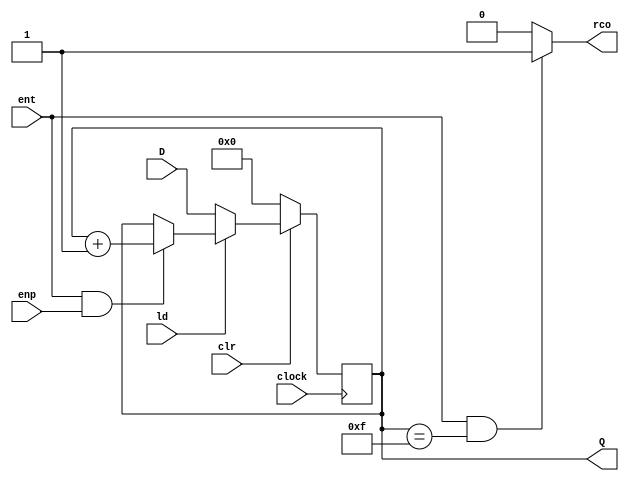
//------------------------------------------------------------------
// Arquivo   : contador_163.v
// Projeto   : Experiencia 3 - Um Fluxo de Dados Simples
//------------------------------------------------------------------
// Descricao : Contador binario de 4 bits, modulo 16
//             similar ao componente 74163
//
// baseado no componente Vrcntr4u.v do livro Digital Design Principles 
// and Practices, Fifth Edition, by John F. Wakerly              
//------------------------------------------------------------------
// Revisoes  :
//     Data        Versao  Autor             Descricao
//     14/12/2023  1.0     Edson Midorikawa  versao inicial
//------------------------------------------------------------------
//
module contador_163 ( clock, clr, ld, ent, enp, D, Q, rco );
    input clock, clr, ld, ent, enp;
    input [3:0] D;
    output reg [3:0] Q;
    output reg rco;

    always @ (posedge clock)
        if (~clr)               Q <= 4'd0;
        else if (~ld)           Q <= D;
        else if (ent && enp)    Q <= Q + 1;
        else                    Q <= Q;
 
    always @ (Q or ent)
        if (ent && (Q == 4'd15))   rco = 1;
        else                       rco = 0;
endmodule